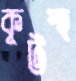
কূটস্হ